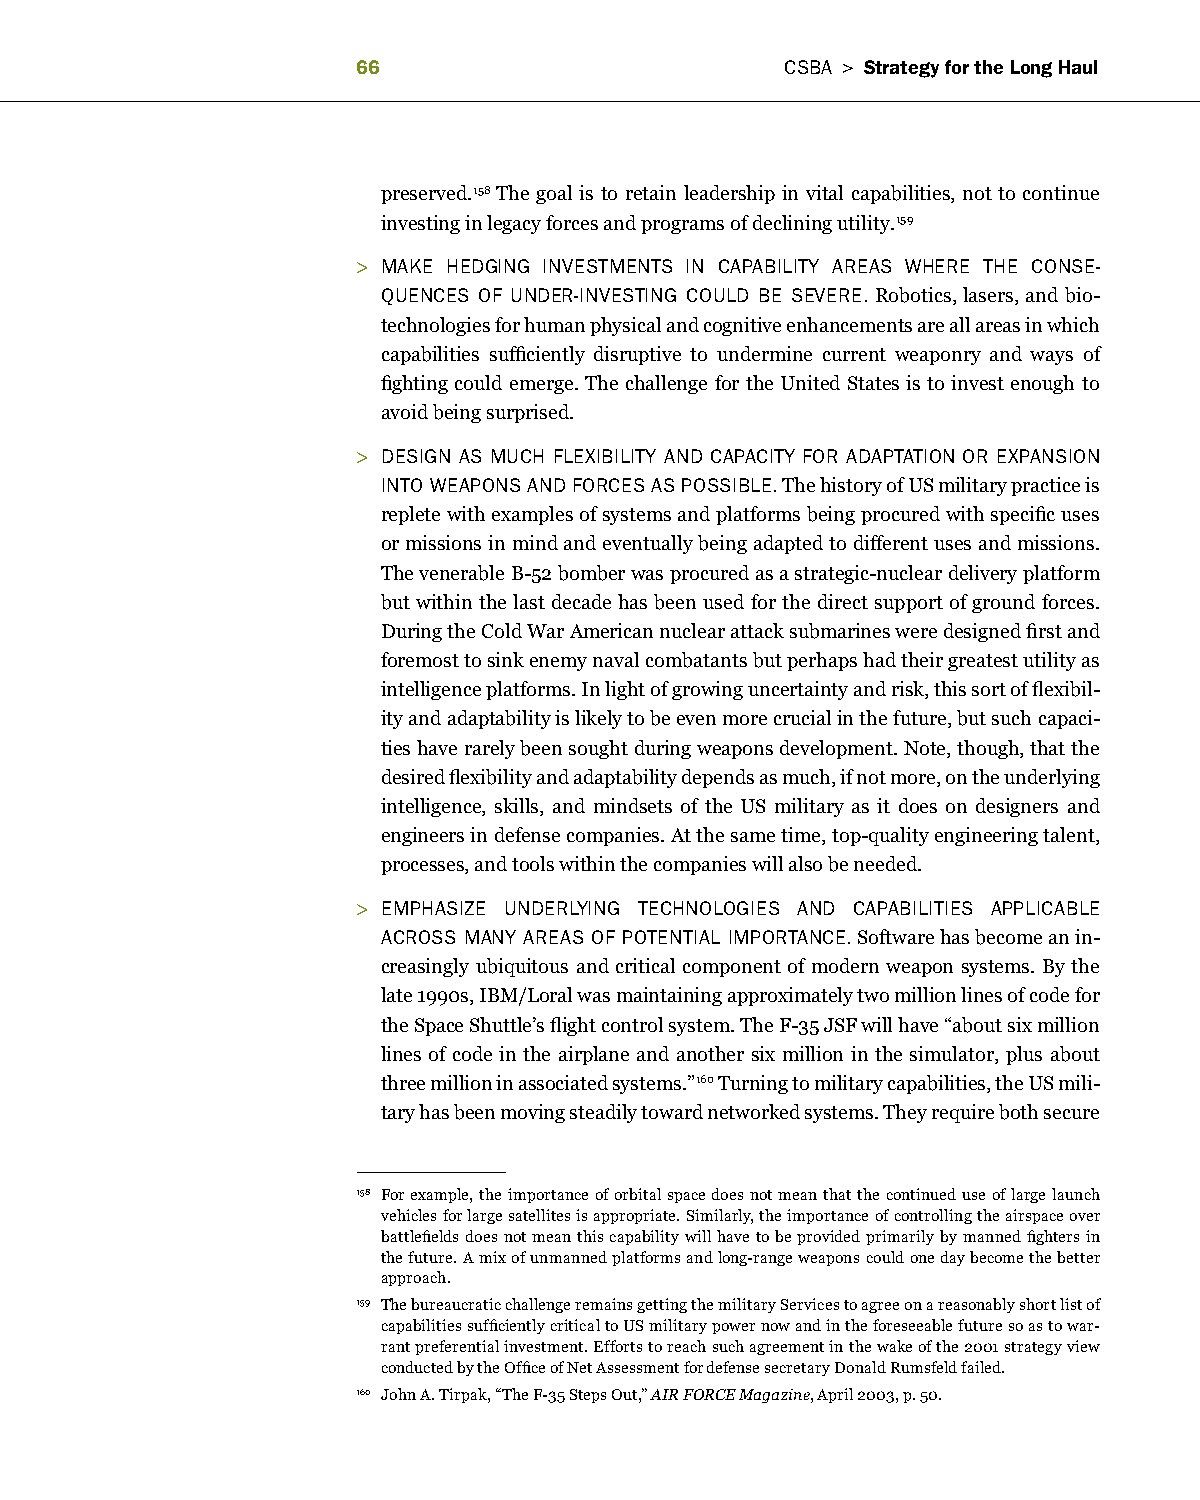
                          CSBa > Strategy for the long haul
 preserved.158 The goal is to retain leadership in vital capabilities, not to continue
 investing in legacy forces and programs of declining utility.159
 > Make heDging inveStMentS in CaPaBiLity areaS Where the ConSe-
 quenCeS of unDer-inveSting CouLD Be Severe. Robotics, lasers, and bio-
 technologies for human physical and cognitive enhancements are all areas in which
 capabilities sufficiently disruptive to undermine current weaponry and ways of
 fighting could emerge. The challenge for the United States is to invest enough to
 avoid being surprised.
 > DeSign aS MuCh fLexiBiLity anD CaPaCity for aDaPtation or exPanSion
 into WeaPonS anD forCeS aS PoSSiBLe. The history of US military practice is
 replete with examples of systems and platforms being procured with specific uses
 or missions in mind and eventually being adapted to different uses and missions.
 The venerable B-52 bomber was procured as a strategic-nuclear delivery platform
 but within the last decade has been used for the direct support of ground forces.
 During the Cold War American nuclear attack submarines were designed first and
 foremost to sink enemy naval combatants but perhaps had their greatest utility as
 intelligence platforms. In light of growing uncertainty and risk, this sort of flexibil-
 ity and adaptability is likely to be even more crucial in the future, but such capaci-
 ties have rarely been sought during weapons development. Note, though, that the
 desired flexibility and adaptability depends as much, if not more, on the underlying
 intelligence, skills, and mindsets of the US military as it does on designers and
 engineers in defense companies. At the same time, top-quality engineering talent,
 processes, and tools within the companies will also be needed.
 > eMPhaSize unDerLying teChnoLogieS anD CaPaBiLitieS aPPLiCaBLe
 aCroSS Many areaS of PotentiaL iMPortanCe. Software has become an in-
 creasingly ubiquitous and critical component of modern weapon systems. By the
 late 1990s, IBM/Loral was maintaining approximately two million lines of code for
 the Space Shuttle’s flight control system. The F-35 JSF will have “about six million
 lines of code in the airplane and another six million in the simulator, plus about
 three million in associated systems.”160 Turning to military capabilities, the US mili-
 tary has been moving steadily toward networked systems. They require both secure
 158 For example, the importance of orbital space does not mean that the continued use of large launch
 vehicles for large satellites is appropriate. Similarly, the importance of controlling the airspace over
 battlefields does not mean this capability will have to be provided primarily by manned fighters in
 the future. A mix of unmanned platforms and long-range weapons could one day become the better
 approach.
 159 The bureaucratic challenge remains getting the military Services to agree on a reasonably short list of
 capabilities sufficiently critical to US military power now and in the foreseeable future so as to war-
 rant preferential investment. Efforts to reach such agreement in the wake of the 2001 strategy view
 conducted by the Office of Net Assessment for defense secretary Donald Rumsfeld failed.
 160 John A. Tirpak, “The F-35 Steps Out,” AIR FORCE Magazine, April 2003, p. 50.